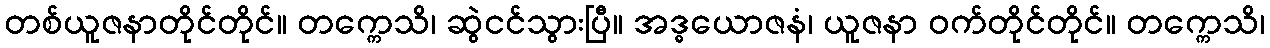
တစ်ယူဇနာတိုင်တိုင်။ တက္ကေသိ၊ ဆွဲငင်သွားပြီ။ အဒ္ဓယောဇနံ၊ ယူဇနာ ဝက်တိုင်တိုင်။ တက္ကေသိ၊